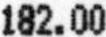
182.00